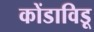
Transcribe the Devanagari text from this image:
कोंडाविडू